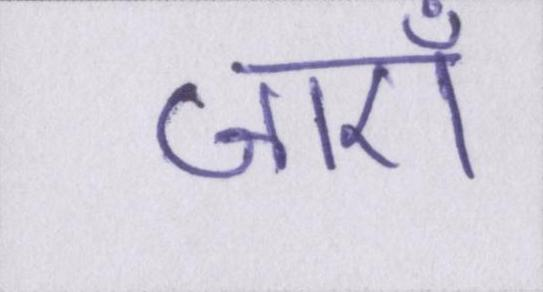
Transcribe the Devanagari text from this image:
जाएँ